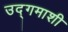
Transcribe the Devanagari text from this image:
उद्‌गमाशी